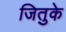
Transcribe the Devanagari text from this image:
जितुके